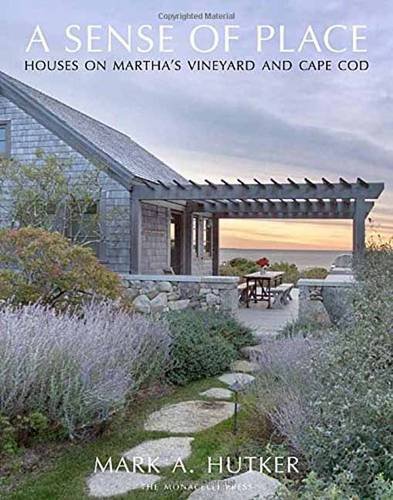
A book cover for A Sense of Place: Houses on Martha's Vineyard and Cape Cod; Mark A. Hutker; Crafts, Hobbies & Home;